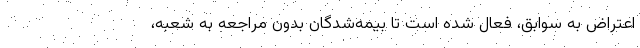
اعتراض به سوابق، فعال شده است تا بیمه‌شدگان بدون مراجعه به شعبه،